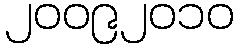
၂၀၀၉၂၀၁၀